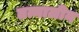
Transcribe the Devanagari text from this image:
तत्मालीन